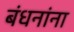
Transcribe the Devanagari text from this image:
बंधनांना